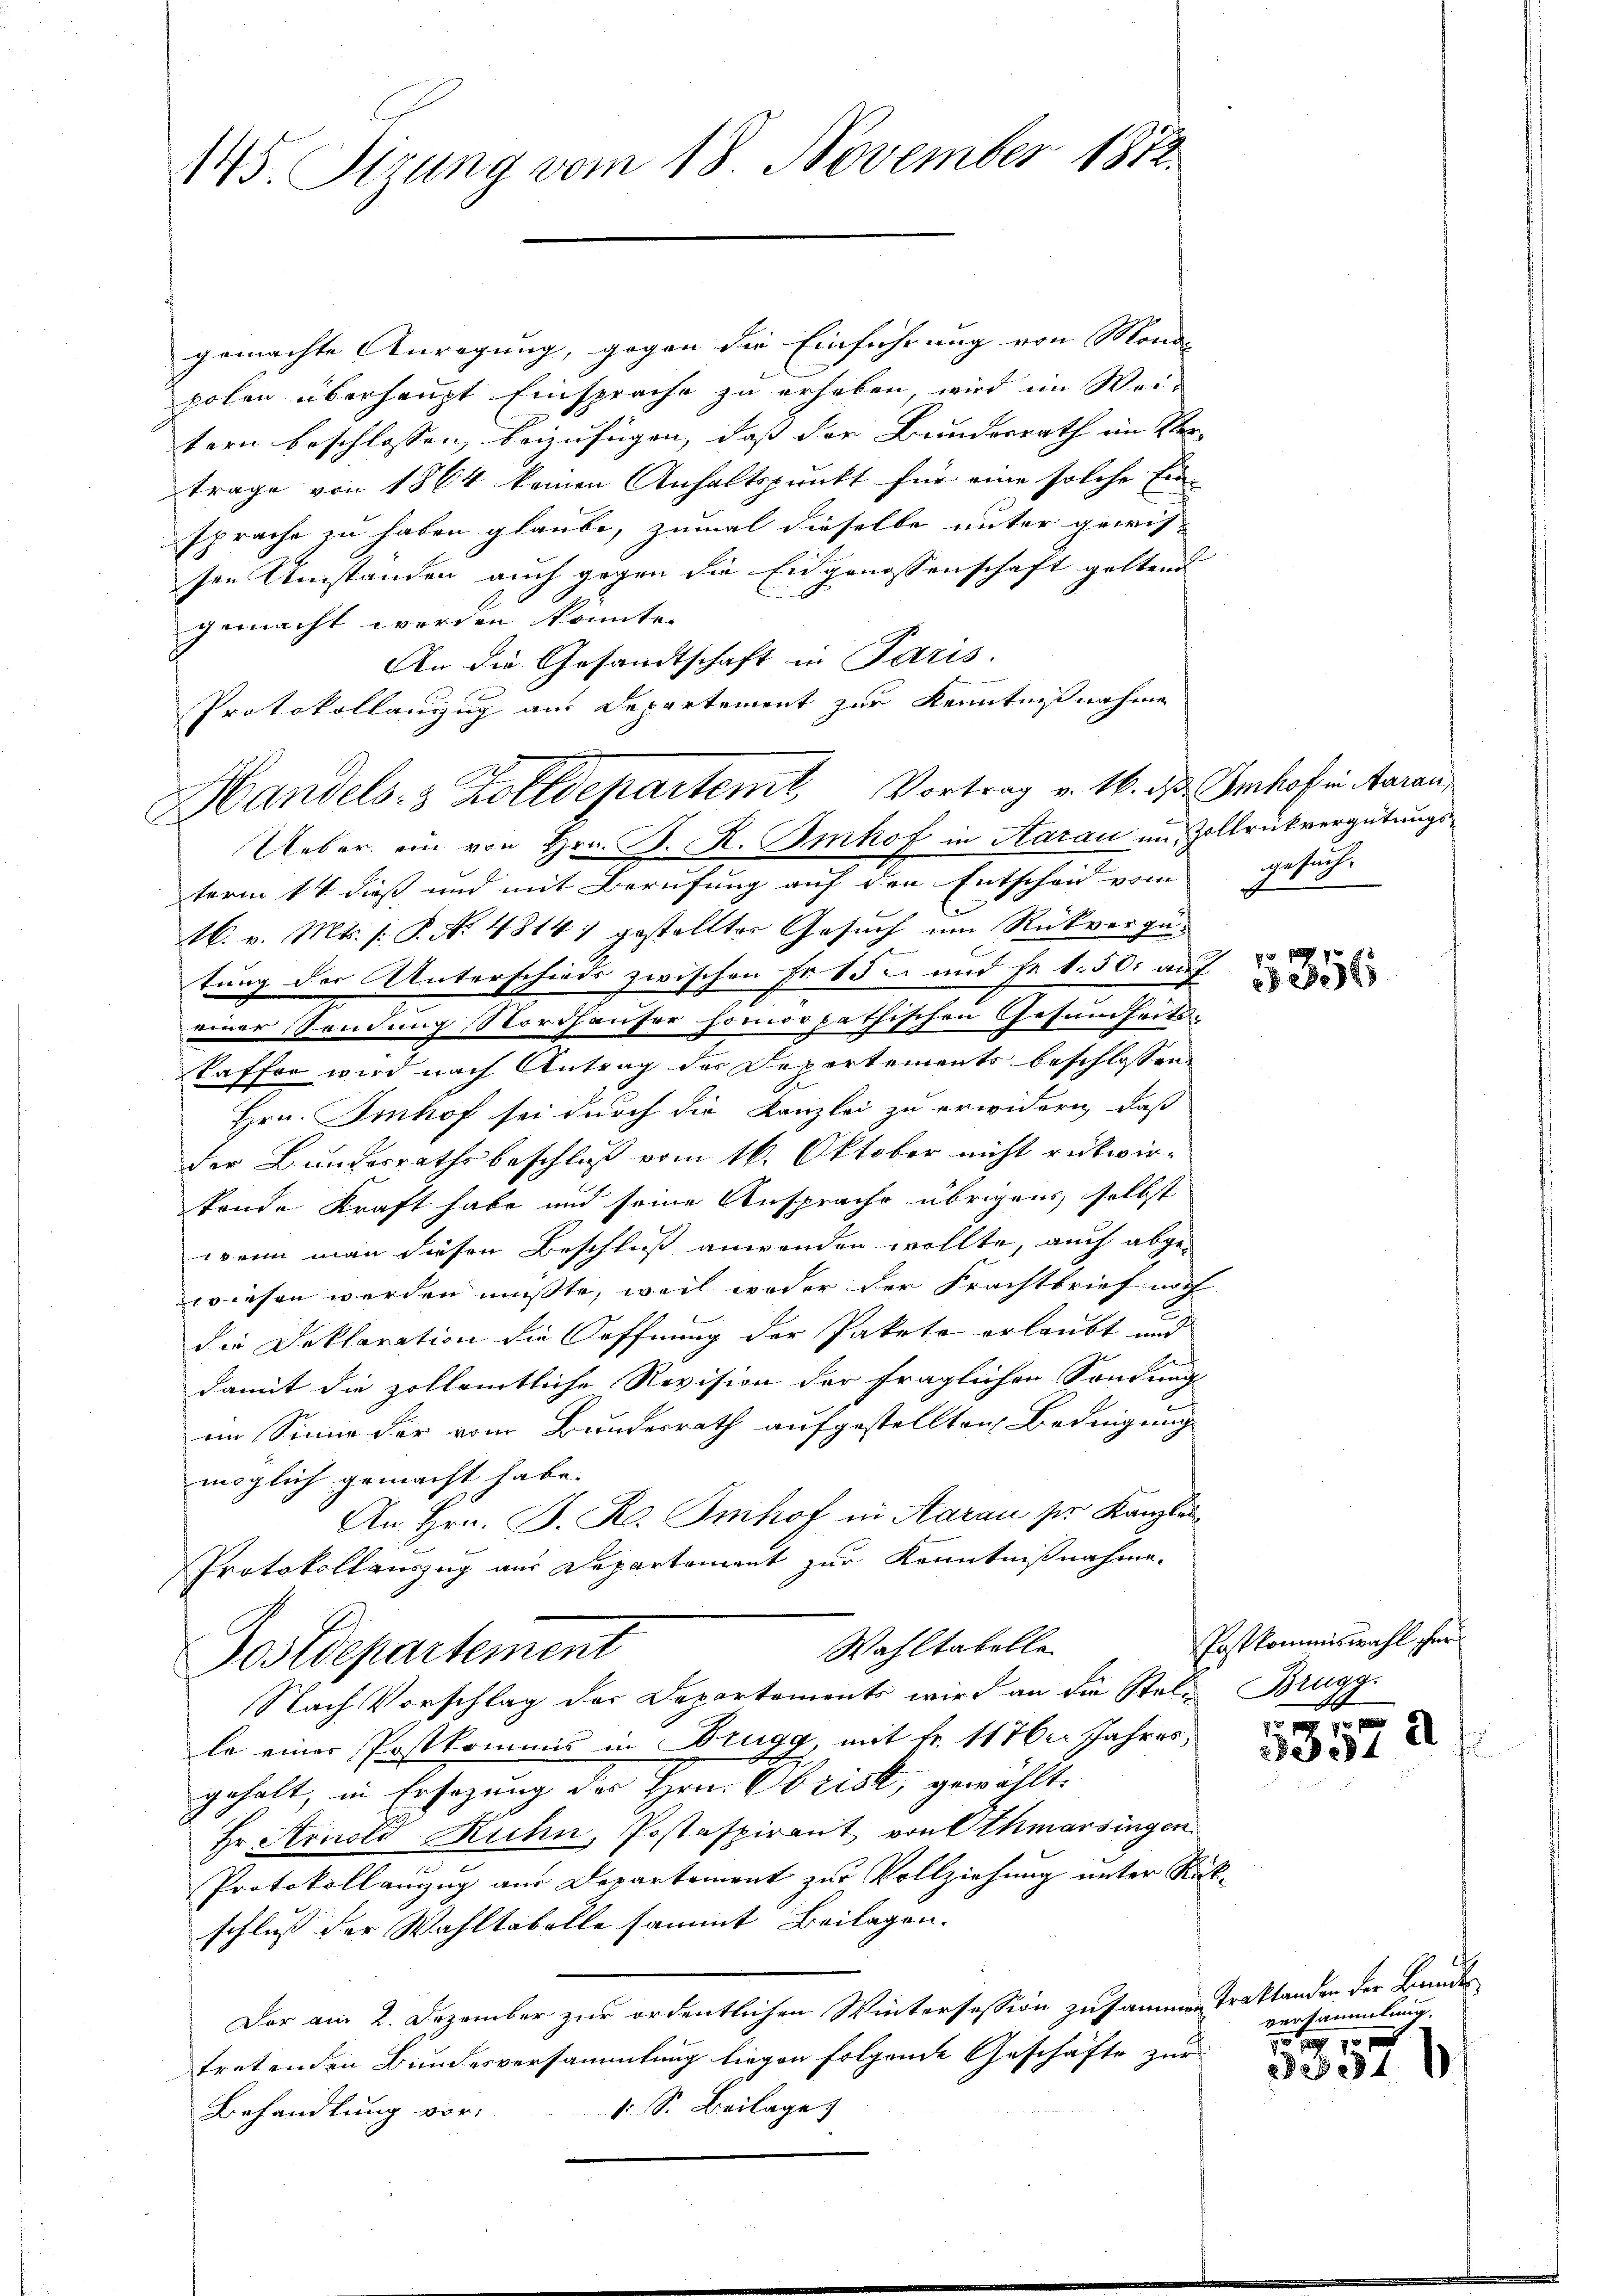
145. Sizung vom 18. November 1872.

gemachte Anregung, gegen die Einführung von Mond-
polen überhaupt Einsprache zu erheben, wird im Wei-
tern beschlossen, beizufügen, daß der Brundesrath im Ver-
trage von 1864 keinen Anhaltspunkt für eine solche Ein-
sprache zu haben glaube, zumal dieselbe unter gewis-
sen Umständen auch gegen die Eidgenossenschaft geltend
gemacht worden könnte.
An die Gesandtschaft in Paris.
Protokollanzug aus Departement zur Kenntnißnahme
Ueber ein von Hrn. B. R. Imhof in Aarau im Zollrickvergütungsterm 14 dieß und mit Berufung auf den Entscheid vom Gesuch
16. v. Mts. (: P. Nr. 4814) gestellter Gesuch um Rückvergütung der Unterschieds zwischen Fr. 152 und Fr. 1.50 auf
einer Sendung Nordhauser homöopathischen Gesundheits-
kaffer wird nach Antrag des Departements beschlossen
Hrn. Imhof sei durch die Kanzlei zu erwidern, daß
der Bundesrathsbeschluß vom 16. Oktober nicht rükwir-
tondo Kraft habe und seine Ansprache übrigens, selbst
wenn man diesen Beschluß anwenden wollte, auch abge-
wiesen werden müßte, weil weder der Frachtbrief noch
die Deklaration die Oeffnung der Pakete erlaubt und
damit die zollamtliche Revision der fraglichen Sondung
im Sinne der vom Bundesrath aufgestellten Bedingung
möglich gemacht habe.
An Hrn. B. R. Imhof in Aarau pr. Kanzlei
Protokollauszug aus Departement zur Kenntnißnahme.
Wahltatelle
hegerten
Nach Vorschlag der Departements wird an die Stell Brugg.
le einer Postkommis in Brugg, mit Fr. 117. Jahres,
gehalt, in Ersezung der Hrn. Obrist, gewählt.
Hr. Arnold Kuhn, Postaspirant von Athmarsingen
Protokollanzug aus Departement zur Vollziehung unter Rückschluß der Wahltabelle sammt Beilagen.
Der am 2. Dezember zur ordentlichen Wintersession zusammen Traktanden der Bundes
tretenden Bundesversammlung liegen folgende Geschäfte zur
1 S. Beilage
Behandlung vor.

Handels- & Zolldepartem Vortrag v. 16. ds. Imhof in Aarau

1356

Postkommiswahl her
4

g
a
ede

versammlung.
10 f 10 x

3231